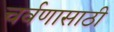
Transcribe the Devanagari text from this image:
चर्वणासाठी